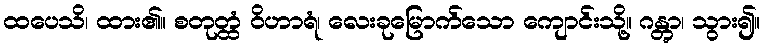
ထပေသိ၊ ထား၏။ စတုတ္ထံ ဝိဟာရံ၊ လေးခုမြောက်သော ကျောင်းသို့။ ဂန္တွာ၊ သွား၍။